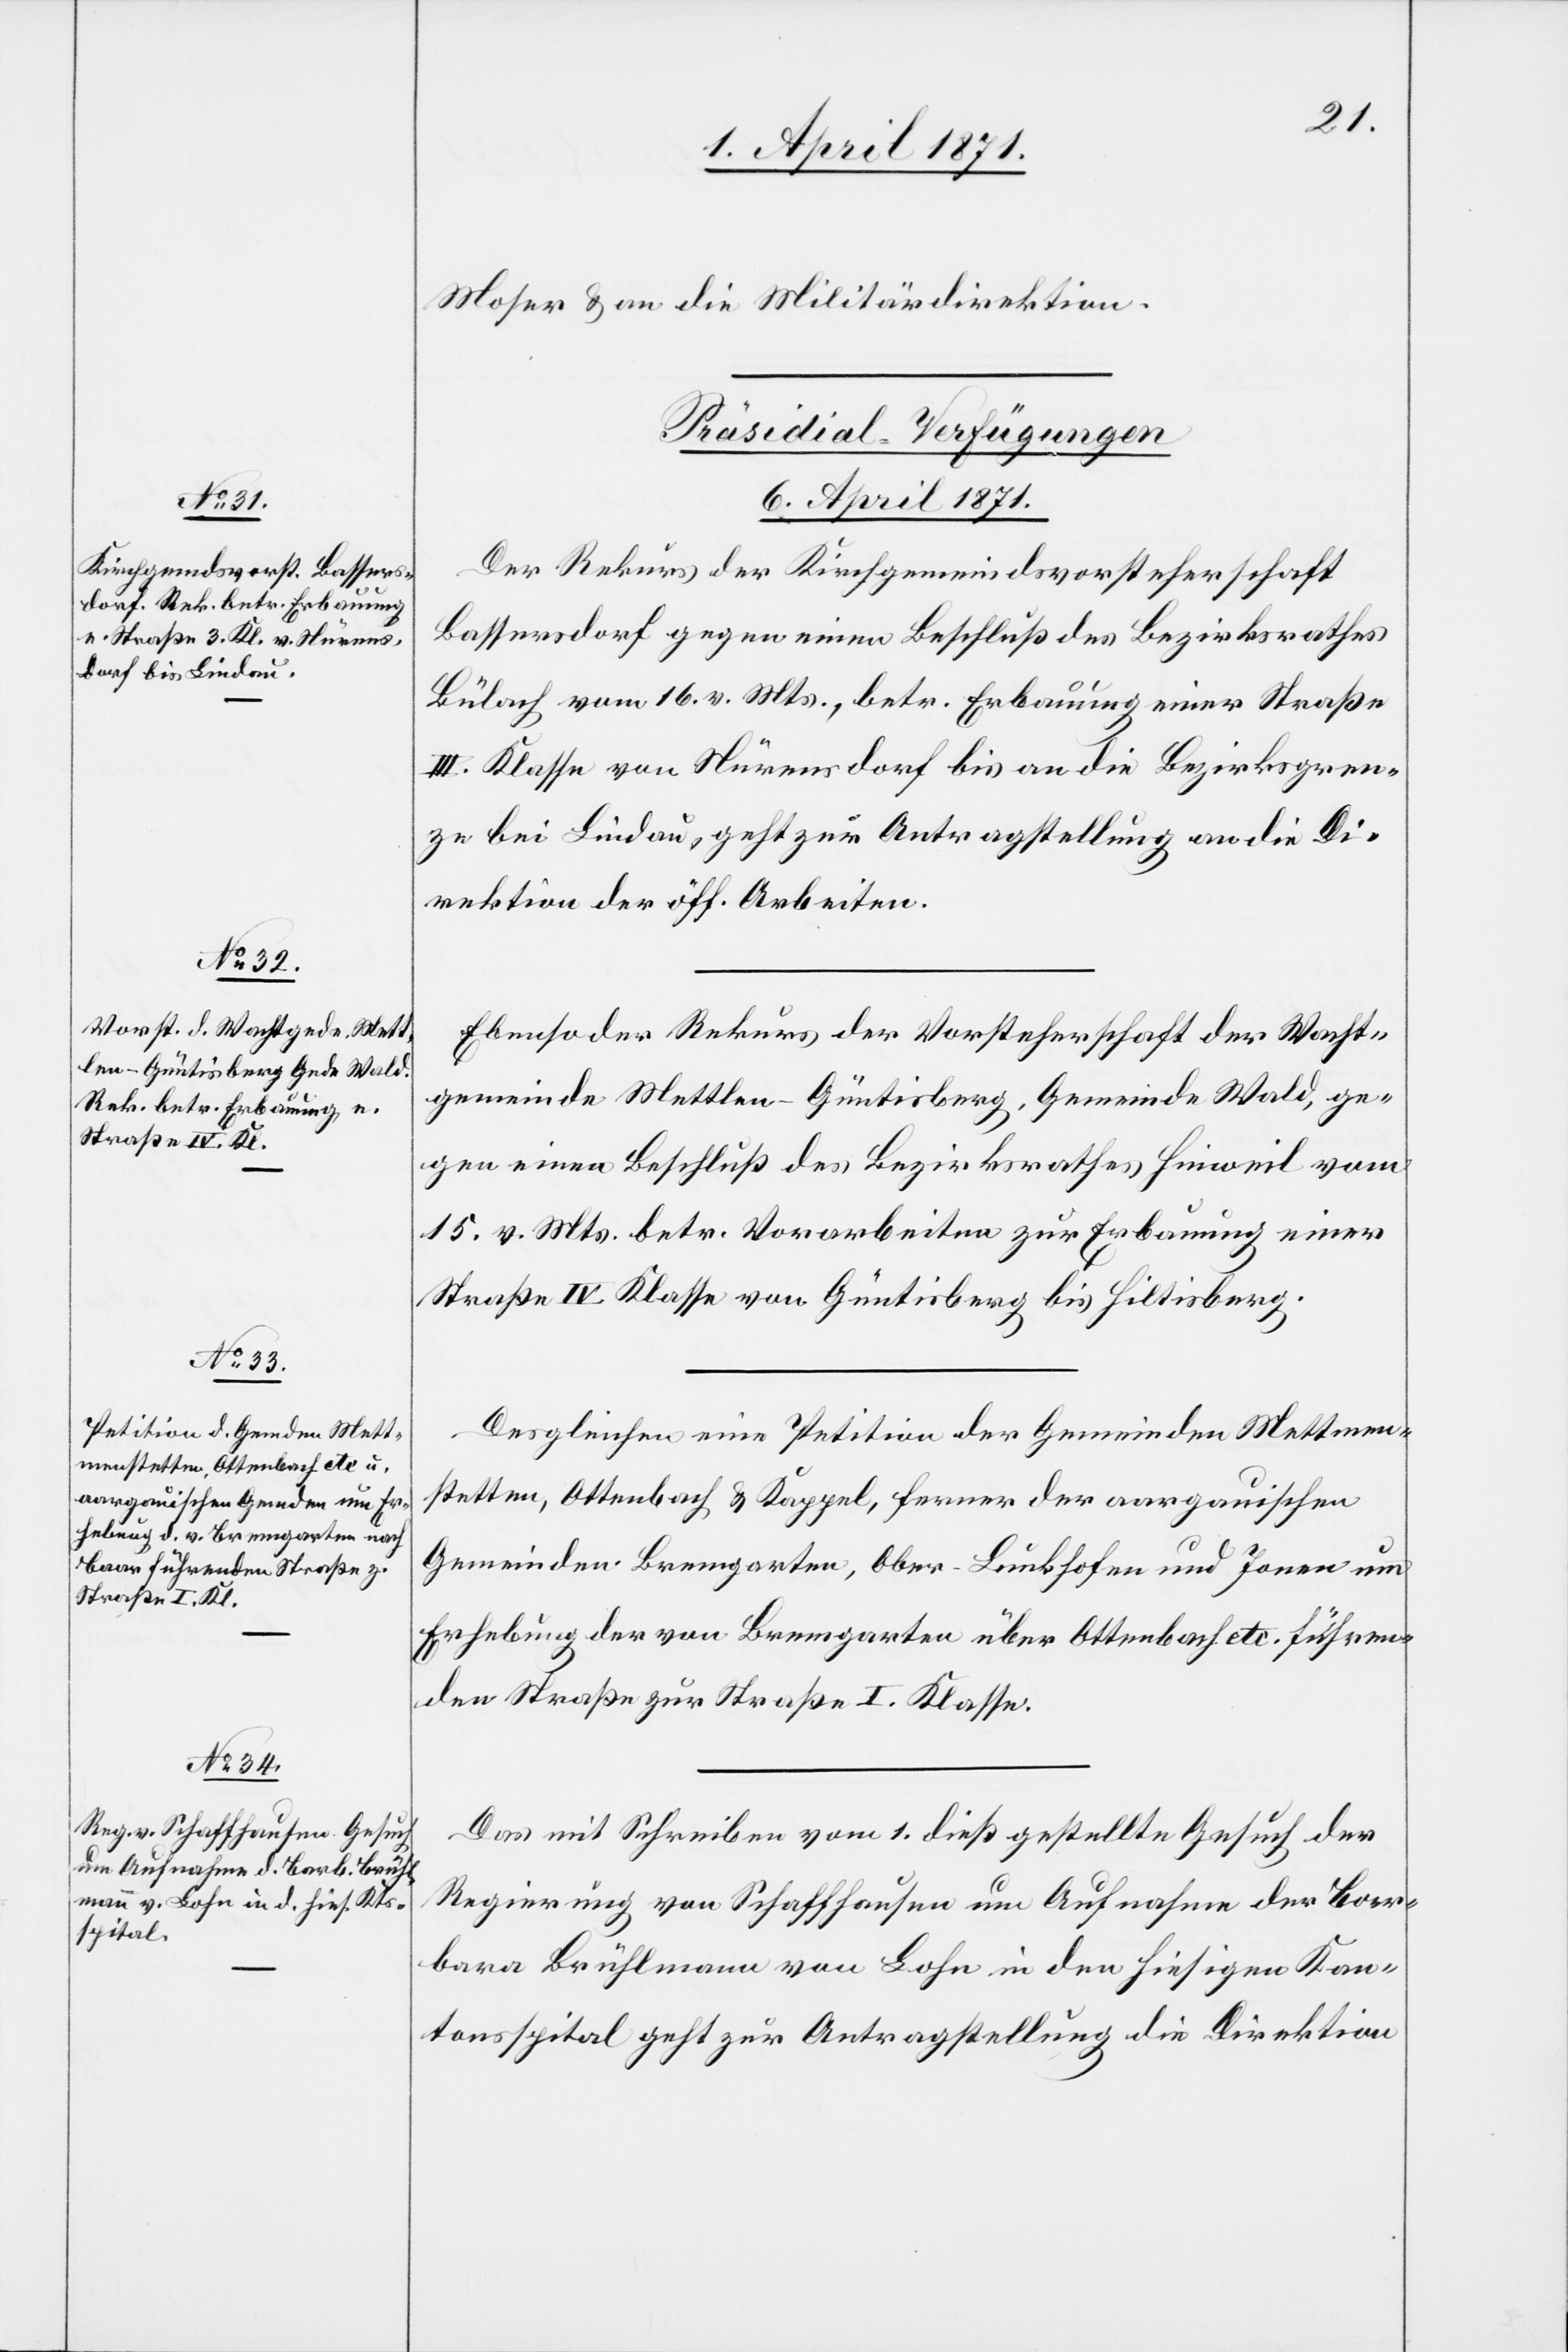
Moser u. an die Militärdirektion.
[Präsidial-Verfügungen
6. April 1871.]
Der Rekurs der Kirchgemeindsvorsteherschaft
Bassersdorf gegen einen Beschluß des Bezirksrathes
Bülach vom 16. v. Mts., betr. Erbauung einer Straße
III. Klasse von Nürensdorf bis an die Bezirksgren¬
ze bei Lindau, geht zur Antragstellung an die Di¬
rektion der öff. Arbeiten.
Ebenso der Rekurs der Vorsteherschaft der Wacht¬
gemeinde Mettlen-Güntisberg, Gemeinde Wald, ge¬
gen einen Beschluß des Bezirksrathes Hinweil vom
15. v. Mts. betr. Vorarbeiten zur Erbauung einer
Straße IV. Klasse von Güntisberg bis Hiltisberg.
Desgleichen eine Petition der Gemeinden Mettmen¬
stetten, Ottenbach u. Kappel, ferner der aargauischen
Gemeinden Bremgarten, Ober-Lunkhofen und Jonen um
Erhebung der von Bremgarten über Ottenbach etc. führen¬
den Straße zur Straße I. Klasse.
Das mit Schreiben vom 1. dieß gestellte Gesuch der
Regierung von Schaffhausen um Aufnahme der Bar¬
bara Brühlmann von Lohn in den hiesigen Kan¬
tonsspital geht zur Antragstellung die [sic!] Direktion